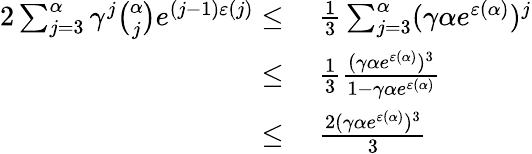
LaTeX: \begin{array}{rl}{2\sum_{j=3}^{\alpha}\gamma^{j}\binom{\alpha}{j}e^{(j-1)\varepsilon(j)}\leq}&{\ \frac{1}{3}\sum_{j=3}^{\alpha}(\gamma\alpha e^{\varepsilon(\alpha)})^{j}}\\ {\leq}&{\ \frac{1}{3}\frac{(\gamma\alpha e^{\varepsilon(\alpha)})^{3}}{1-\gamma\alpha e^{\varepsilon(\alpha)}}}\\ {\leq}&{\ \frac{2(\gamma\alpha e^{\varepsilon(\alpha)})^{3}}{3}}\end{array}